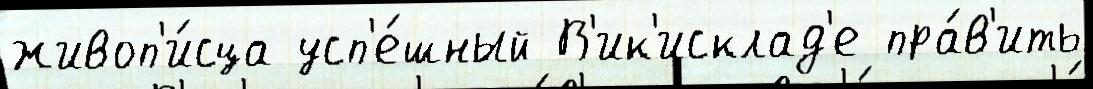
живоп'и́сца усп'е́шный В'ик'исклад'е пра́в'ить